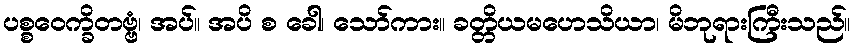
ပစ္စဝေက္ခိတဗ္ဗံ၊ အပ်။ အပိ စ ခေါ၊ သော်ကား။ ခတ္တိယမဟေသိယာ၊ မိဘုရားကြီးသည်။